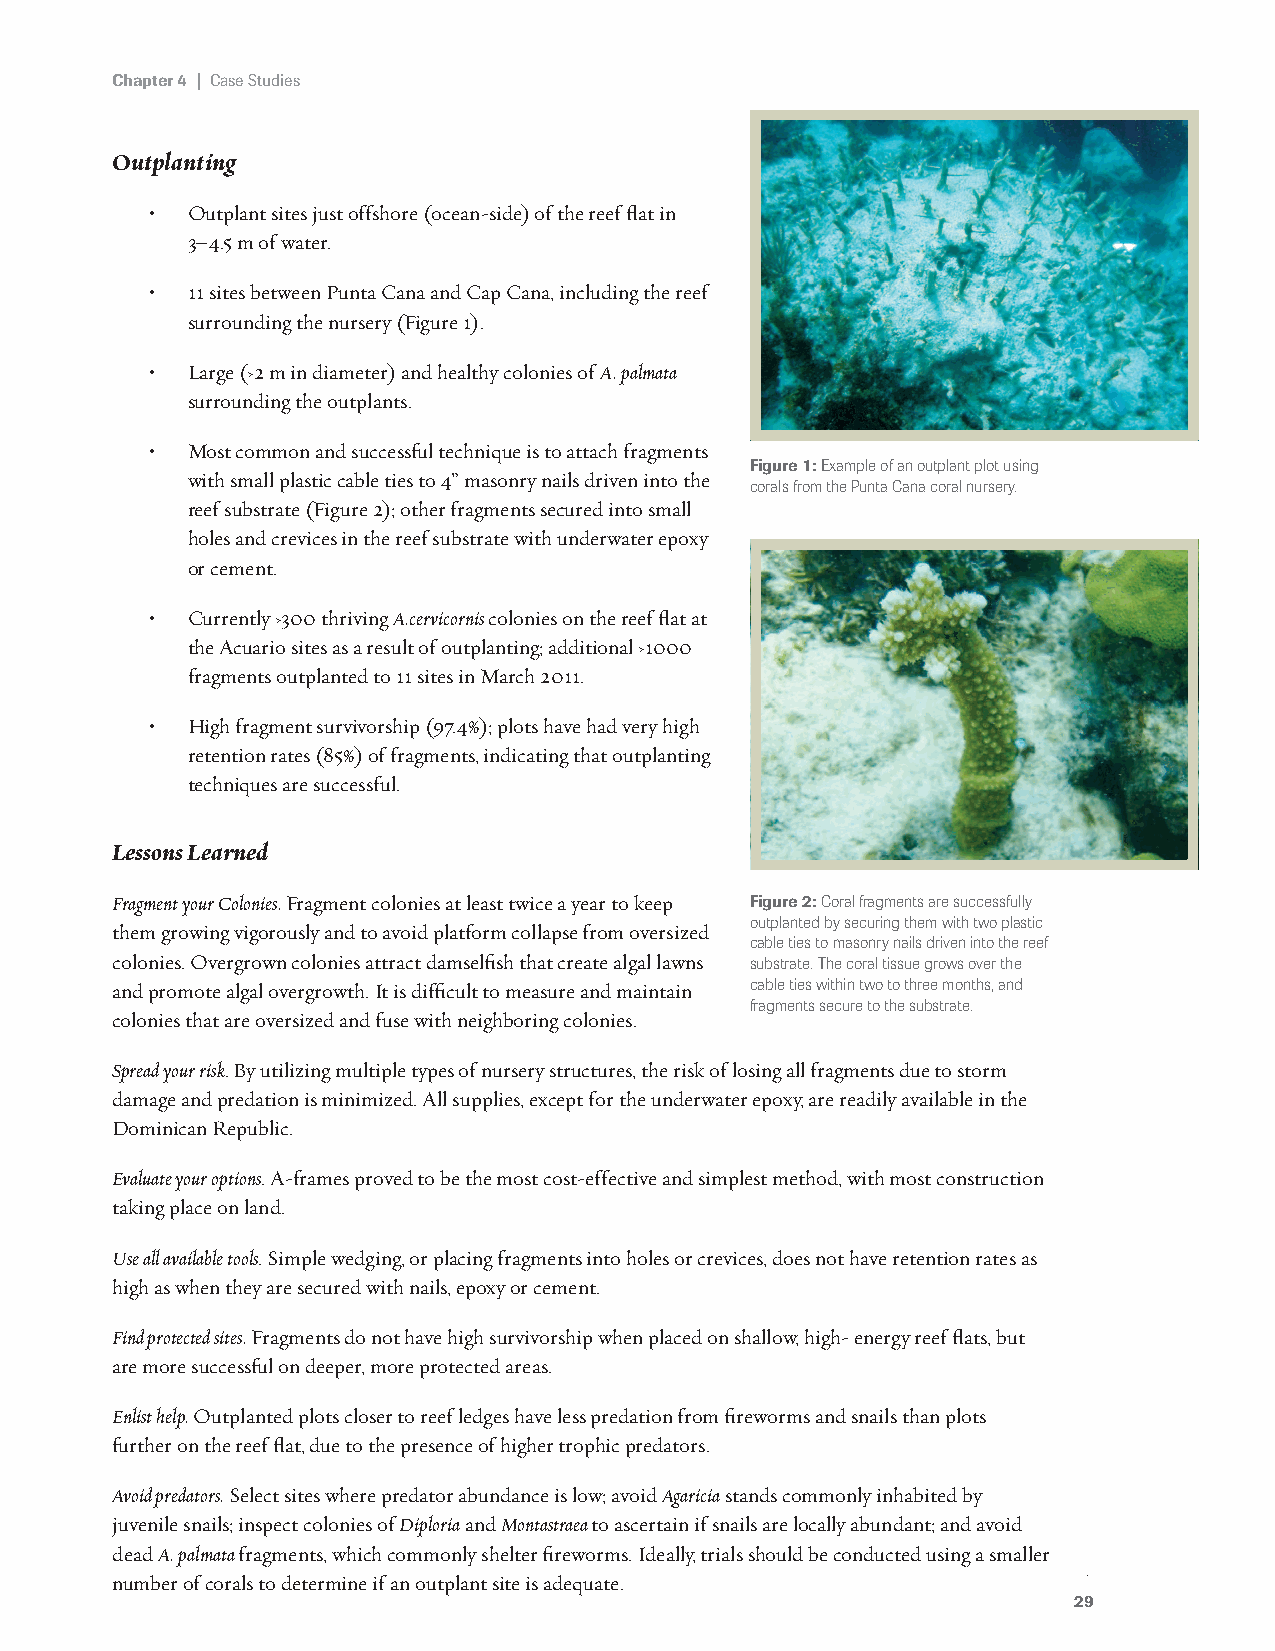
Chapter 4 | Case Studies
 Outplanting
 • Outplant sites just offshore (ocean-side) of the reef flat in
 3–4.5 m of water.
 • 11 sites between Punta Cana and Cap Cana, including the reef
 surrounding the nursery (Figure 1).
 • Large (›2 m in diameter) and healthy colonies of A. palmata
 surrounding the outplants.
 • Most common and successful technique is to attach fragments
 Figure 1: Example of an outplant plot using
 with small plastic cable ties to 4” masonry nails driven into the
 corals from the Punta Cana coral nursery.
 reef substrate (Figure 2); other fragments secured into small
 holes and crevices in the reef substrate with underwater epoxy
 or cement.
 • Currently ›300 thriving A.cervicornis colonies on the reef flat at
 the Acuario sites as a result of outplanting; additional ›1000
 fragments outplanted to 11 sites in March 2011.
 • High fragment survivorship (97.4%); plots have had very high
 retention rates (85%) of fragments, indicating that outplanting
 techniques are successful.
 Lessons Learned
 Fragment your Colonies. Fragment colonies at least twice a year to keep Figure 2: Coral fragments are successfully
 outplanted by securing them with two plastic
 them growing vigorously and to avoid platform collapse from oversized
 cable ties to masonry nails driven into the reef
 colonies. Overgrown colonies attract damselfish that create algal lawns substrate. The coral tissue grows over the
 and promote algal overgrowth. It is difficult to measure and maintain cable ties within two to three months, and
 fragments secure to the substrate.
 colonies that are oversized and fuse with neighboring colonies.
 Spread your risk. By utilizing multiple types of nursery structures, the risk of losing all fragments due to storm
 damage and predation is minimized. All supplies, except for the underwater epoxy, are readily available in the
 Dominican Republic.
 Evaluate your options. A-frames proved to be the most cost-effective and simplest method, with most construction
 taking place on land.
 Use all available tools. Simple wedging, or placing fragments into holes or crevices, does not have retention rates as
 high as when they are secured with nails, epoxy or cement.
 Find protected sites. Fragments do not have high survivorship when placed on shallow, high- energy reef flats, but
 are more successful on deeper, more protected areas.
 Enlist help. Outplanted plots closer to reef ledges have less predation from fireworms and snails than plots
 further on the reef flat, due to the presence of higher trophic predators.
 Avoid predators. Select sites where predator abundance is low; avoid Agaricia stands commonly inhabited by
 juvenile snails; inspect colonies of Diploria and Montastraea to ascertain if snails are locally abundant; and avoid
 dead A. palmata fragments, which commonly shelter fireworms. Ideally, trials should be conducted using a smaller
 number of corals to determine if an outplant site is adequate.
 29